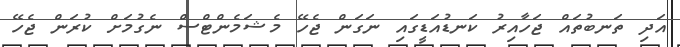
އަދި ތަނބުތައް ޖަހާއިރު ކަނޑުއަޑީގައި ނަގަން ޖެހޭ މެޝަމެންޓްސް ނެގުމަށް ކުރަން ޖެހޭ